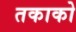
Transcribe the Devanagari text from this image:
तकाको